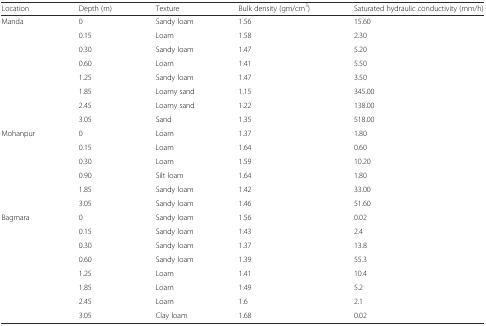
| Location | Depth (m) | Texture | Bulk density (gm/cm3) | Saturated hydraulic conductivity (mm/h) |
 | --- | --- | --- | --- | --- |
 | <ROWSPAN=8> Manda | 0 | Sandy loam | 1.56 | 15.60 |
 | 0.15 | Loam | 1.58 | 2.30 |
 | 0.30 | Sandy loam | 1.47 | 5.20 |
 | 0.60 | Loam | 1.41 | 5.50 |
 | 1.25 | Sandy loam | 1.47 | 3.50 |
 | 1.85 | Loamy sand | 1.15 | 345.00 |
 | 2.45 | Loamy sand | 1.22 | 138.00 |
 | 3.05 | Sand | 1.35 | 518.00 |
 | <ROWSPAN=6> Mohanpur | 0 | Loam | 1.37 | 1.80 |
 | 0.15 | Loam | 1.64 | 0.60 |
 | 0.30 | Loam | 1.59 | 10.20 |
 | 0.90 | Silt loam | 1.64 | 1.80 |
 | 1.85 | Sandy loam | 1.42 | 33.00 |
 | 3.05 | Sandy loam | 1.46 | 51.60 |
 | <ROWSPAN=8> Bagmara | 0 | Sandy loam | 1.56 | 0.02 |
 | 0.15 | Sandy loam | 1.43 | 2.4 |
 | 0.30 | Sandy loam | 1.37 | 13.8 |
 | 0.60 | Sandy loam | 1.39 | 55.3 |
 | 1.25 | Loam | 1.41 | 10.4 |
 | 1.85 | Loam | 1.49 | 5.2 |
 | 2.45 | Loam | 1.6 | 2.1 |
 | 3.05 | Clay loam | 1.68 | 0.02 |